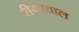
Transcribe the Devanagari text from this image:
रीगावाल